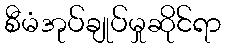
စီမံအုပ်ချုပ်မှုဆိုင်ရာ